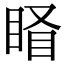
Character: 𥇄